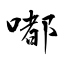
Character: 嘟